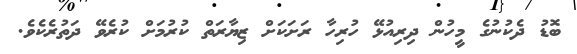
ބޮޑު ދެކުނުގެ މީހުން ދިރިއުޅޭ ހުރިހާ ރަށަކަށް ޒިޔާރަތް ކުރުމަށް ކުރެވޭ ދަތުރެކެވެ.